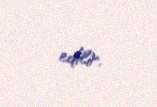
edilir.